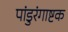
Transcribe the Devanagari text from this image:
पांडुरंगाष्टक